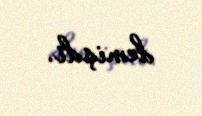
demişdi.